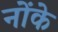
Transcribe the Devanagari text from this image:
नोंके